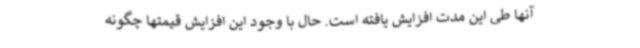
آنها طی این مدت افزایش یافته است. حال با وجود این افزایش قیمتها چگونه